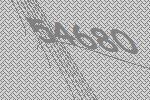
54680